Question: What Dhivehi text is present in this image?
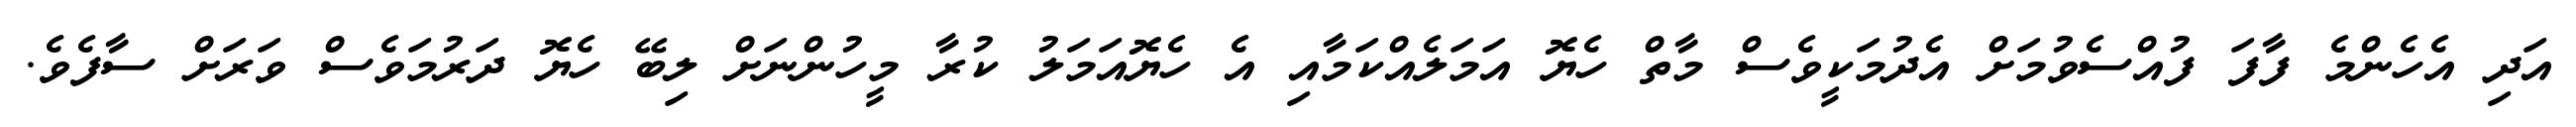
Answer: އަދި އެހެންމެ ފާފަ ފުއްސެވުމަށް އެދުމަކީވެސް މާތް ހެޔޮ އަމަލެއްކަމާއި އެ ހެޔޮއަމަލު ކުރާ މީހުންނަށް ލިބޭ ހެޔޮ ދަރުމަވެސް ވަރަށް ސާފެވެ.